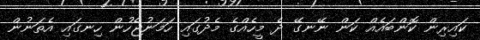
ކައިރިން ކޮންބައެއް ކަން ނޭނގޭ ދެ މީހެއްގެ މެދުގައި ހަމަނުޖެހުން ހިނގައި އެތަނުން